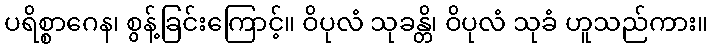
ပရိစ္စာဂေန၊ စွန့်ခြင်းကြောင့်။ ဝိပုလံ သုခန္တိ၊ ဝိပုလံ သုခံ ဟူသည်ကား။